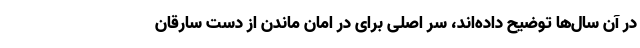
در آن سال‌ها توضیح داده‌اند، سر اصلی برای در امان ماندن از دست سارقان